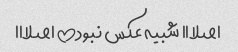
اصلااا شبیه عکس نبود!! اصلااا